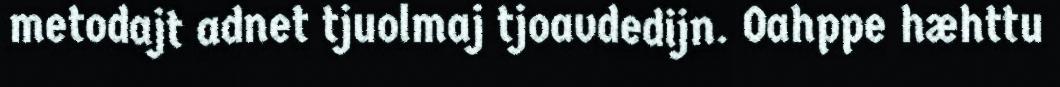
metodajt adnet tjuolmaj tjoavdedijn. Oahppe hæhttu